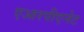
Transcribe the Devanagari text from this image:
एआरपीएनेट